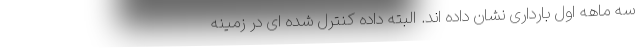
سه ماهه اول بارداری نشان داده‌ اند. البته داده کنترل شده ای در زمینه